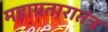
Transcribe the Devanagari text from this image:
महाग्रतारातंत्र